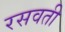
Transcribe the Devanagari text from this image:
रसवती